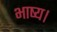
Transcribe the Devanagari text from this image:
भाष्य।